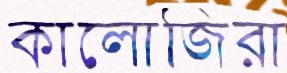
কালোজিরা